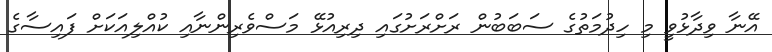
އޭނާ ވިދާޅުވީ މި ހިދުމަތުގެ ސަބަބުން ރަށްރަށުގައި ދިރިއުޅޭ މަސްވެރިންނާއި ކުއްލިއަކަށް ފައިސާގެ